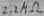
Text: 2.2MΩ